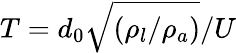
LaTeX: T=d_{0}\sqrt{(\rho_{l}/\rho_{a})}/U